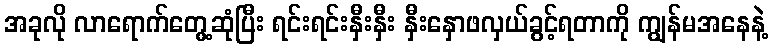
အခုလို လာရောက်တွေ့ဆုံပြီး ရင်းရင်းနှီးနှီး နှီးနှောဖလှယ်ခွင့်ရတာကို ကျွန်မအနေနဲ့